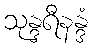
သုန္ဒရီနန္ဒံ